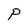
Character: p